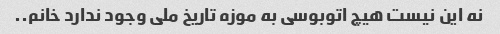
نه این نیست هیچ اتوبوسی به موزه تاریخ ملی وجود ندارد خانم..